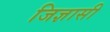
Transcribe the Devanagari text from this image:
जिज्ञासी